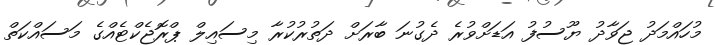
މުހައްމަދު ޖަވާދު ޔޫސުފު އަޑަށްވުރެ ދެގުނަ ބާރަށް ދަތުރުކުރާ މިސައިލް ޕްރޮޖެކްޓެއްގެ މަސައްކަތް